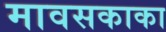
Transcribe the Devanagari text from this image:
मावसकाका